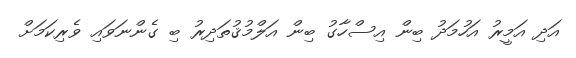
އަދި އަމީރު އަހުމަދު ބިން އިސްހާގު ބިން އަލްމުޤުތަދިރު ބި ގެންނަވައި ވެރިކަމަށް